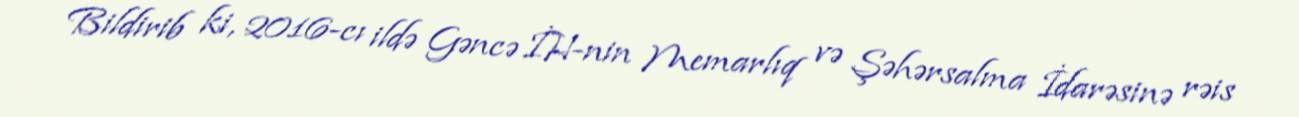
Bildirib ki, 2016-cı ildə Gəncə İH-nin Memarlıq və Şəhərsalma İdarəsinə rəis